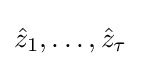
{\hat {z}}_{1},\dots ,{\hat {z}}_{\tau }